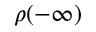
\rho ( - \infty )